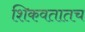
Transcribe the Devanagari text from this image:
शिकवतातच